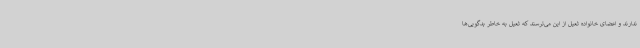
ندارند و اعضای خانواده ثعیل از این می‌ترسند که ثعیل به خاطر بدگویی‌ها